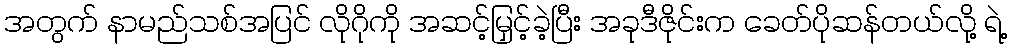
အတွက် နာမည်သစ်အပြင် လိုဂိုကို အဆင့်မြှင့်ခဲ့ပြီး အခုဒီဇိုင်းက ခေတ်ပိုဆန်တယ်လို့ ရဲ့